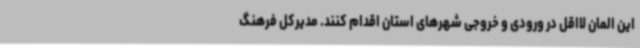
این المان لااقل در ورودی و خروجی شهرهای استان اقدام کنند. مدیرکل فرهنگ